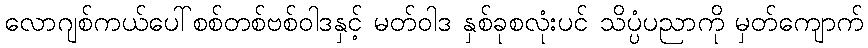
လောဂျစ်ကယ်ပေါ်စစ်တစ်ဗစ်ဝါဒနှင့် မတ်ဝါဒ နှစ်ခုစလုံးပင် သိပ္ပံပညာကို မှတ်ကျောက်